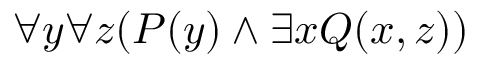
\forall y \forall z ( P ( y ) \land \exists x Q ( x , z ) )